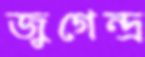
জুগেন্দ্র